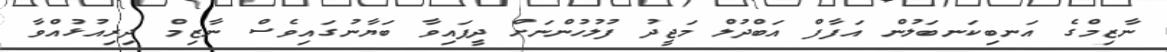
ނާޒިމްގެ އަނބިކަނބަލުން އަފާފް އަބްދުލް މަޖީދު ފުލުހުންނަށް ދީފައިވާ ބަޔާނުގައިވެސް ނާޒިމް ދިރިއުޅުއްވާ